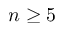
n \geq 5